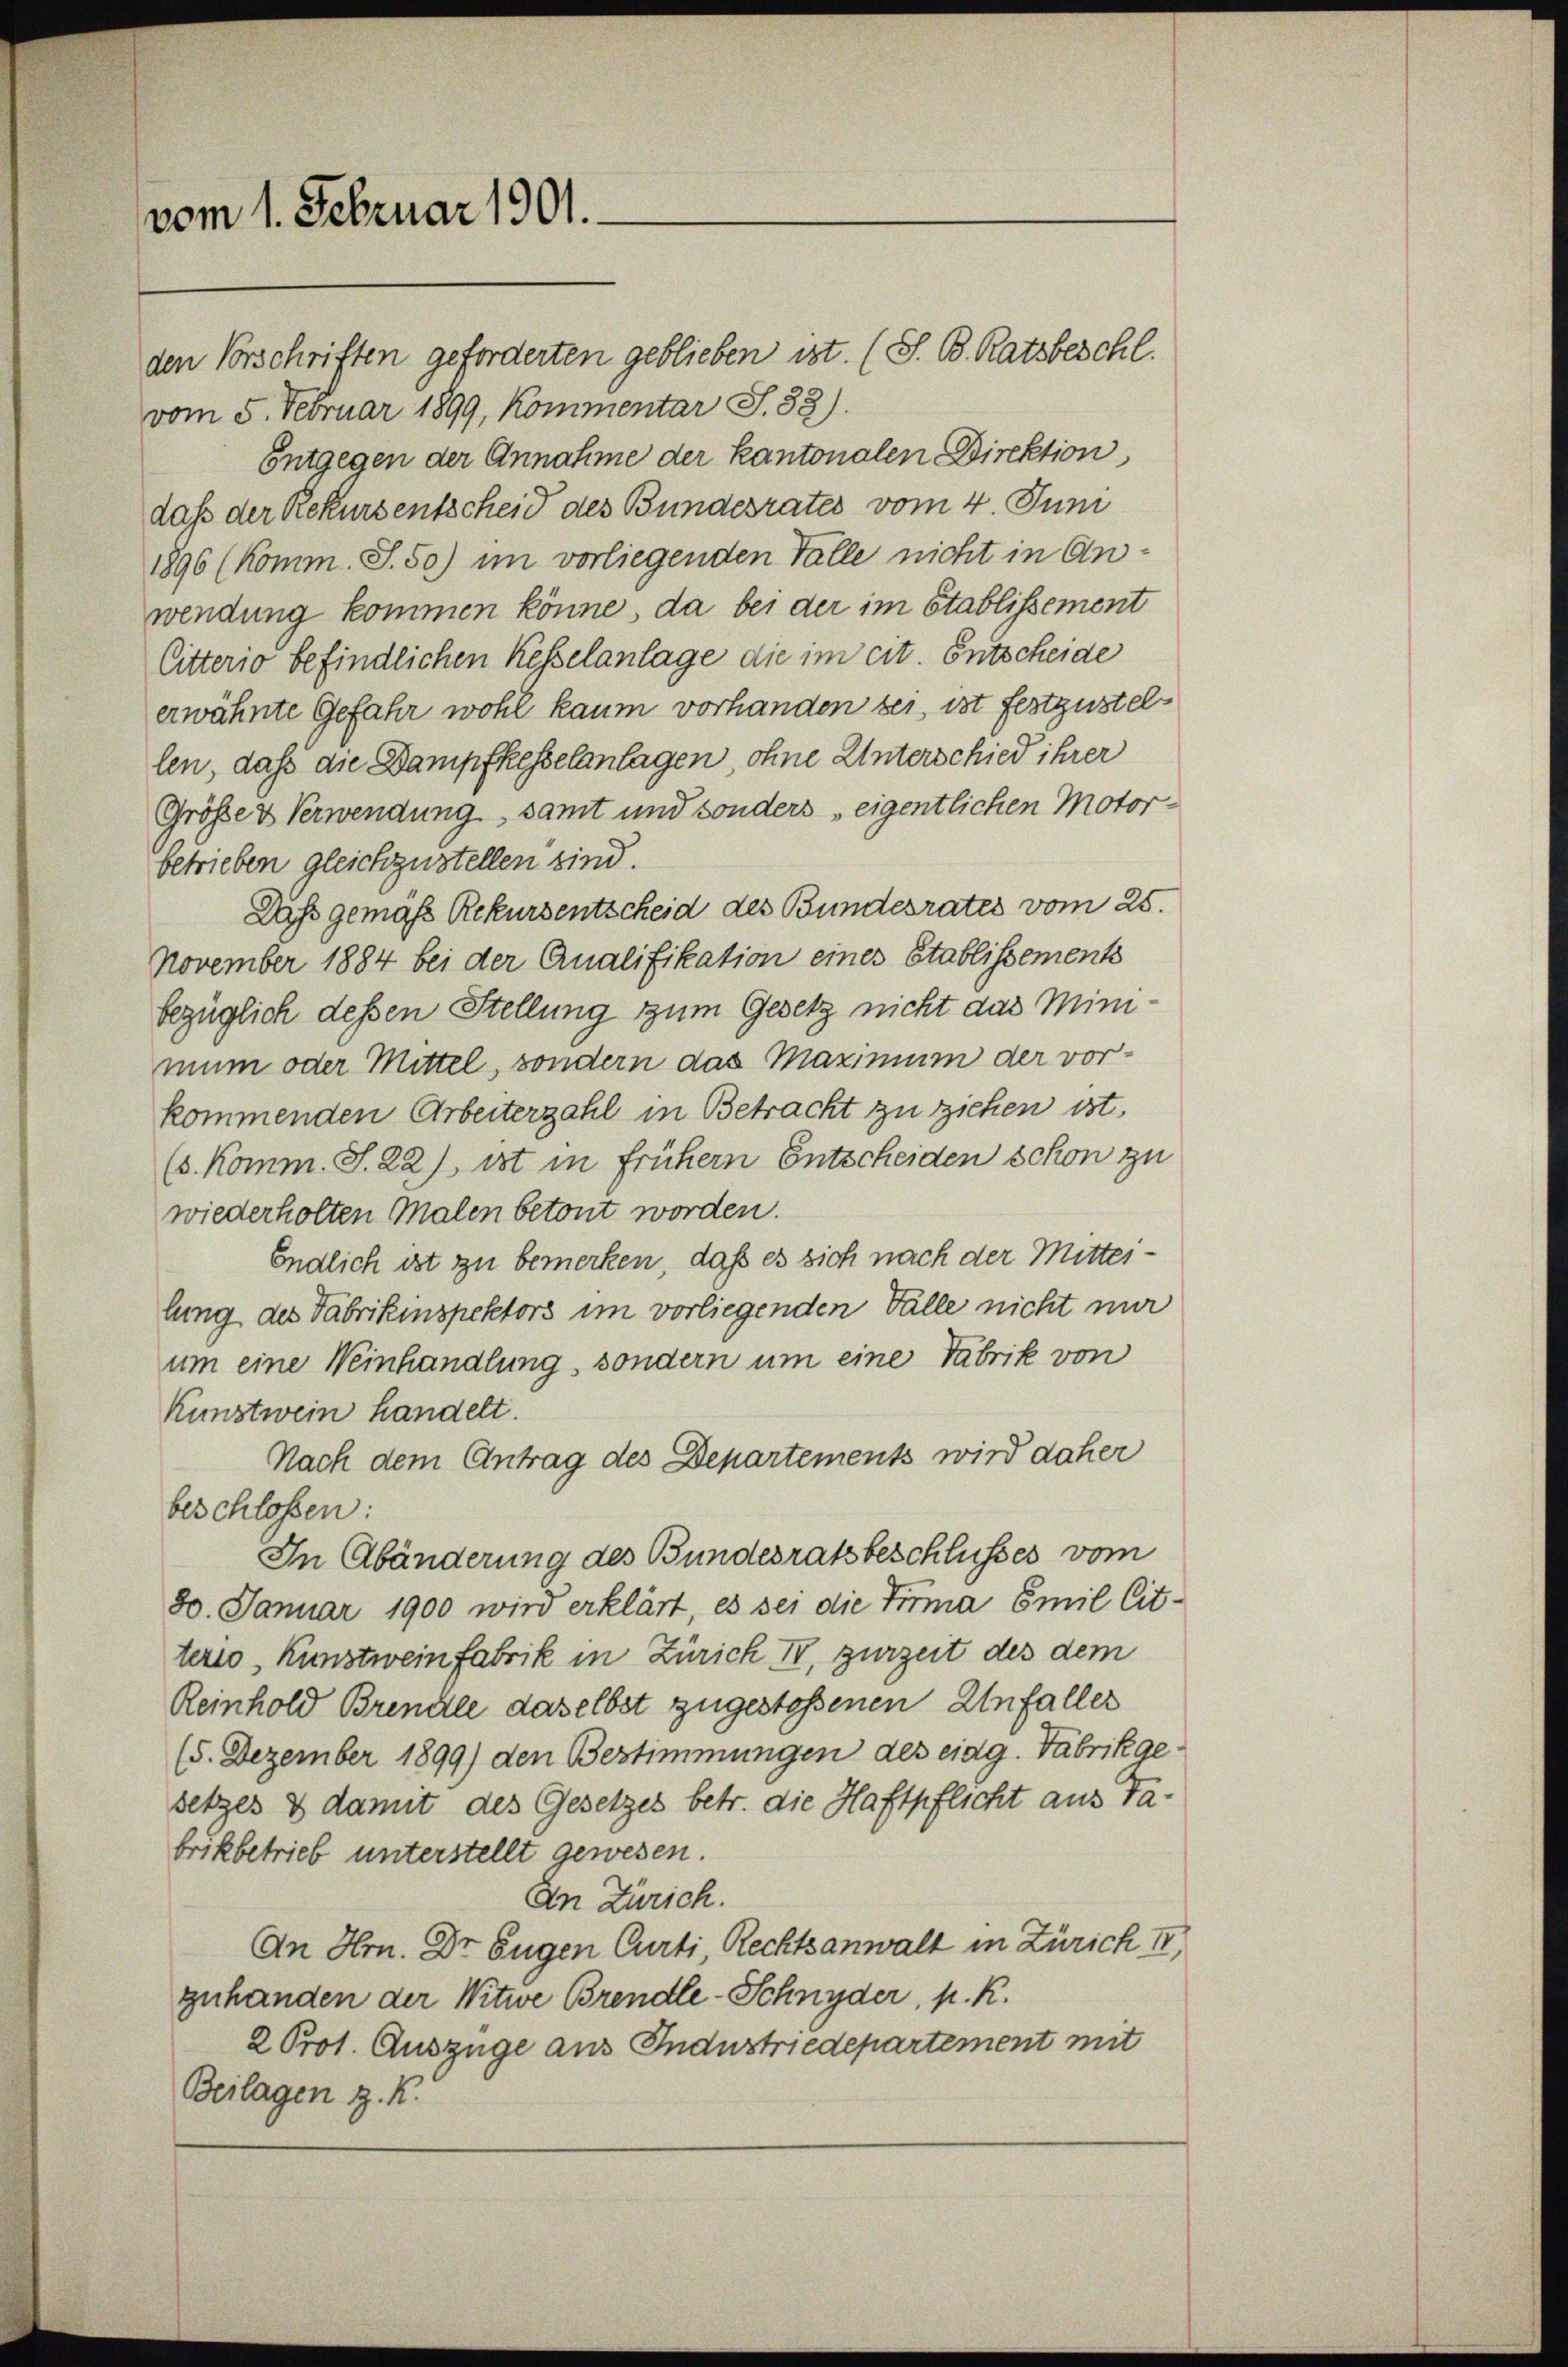
vom 1. Februar 1901.

den Vorschriften geforderten geblieben ist. (S. B. Ratsbeschl.
vom 5. Februar 1899, Kommentar S. 38).
Entgegen der Annahme der Kantonalen Direktion
daß der Rekursentscheid des Bundesrates vom 4. Juni
1896 (Komm. S. 50) im vorliegenden Falle nicht in Anwendung kommen könne, da bei der im Stablissement
Citterio befindlichen Kesselanlage die im cit. Entscheide
erwähnte Gefahr wohl kaum vorhanden sei, ist festzustellen, daß die Dampfkesselanlagen, ohne Unterschied ihrer
Größe & Verwendung, samt und sonders „eigentlichen Motorbetrieben gleichzustellen sind.
Daß gemaß Rekursentscheid des Bundesrates vom 25.
November 1884 bei der Qualifikation eines Stablissements
bezüglich dessen Stellung zum Gesetz nicht das Mini
mum oder Mittel, sondern das Maximum der vorkommenden Arbeiterzahl in Betracht zu ziehen ist,
(s. Komm. S. 22) ist in frühern Entscheiden schon zu
wiederholten Malen betont worden.
Endlich ist zu bemerken, daß es sich nach der Mitteilung des Fabrikinspektors im vorliegenden Fälle nicht nur
um eine Weinhandlung, sondern um eine Fabrik von
Kunstwein handelt.
Nach dem Antrag des Departements wird daher
beschloßen:
In Abänderung des Bundesratsbeschlusses vom
30. Januar 1900 wird erklärt, es sei die Firma Emil Citterio, Kunstwein fabrik in Zürich I, zurzeit des dem
Reinhold Brendle daselbst zugestoßenen Unfaller
(5. Dezember 1899) den Bestimmungen des eidg. Fabrikgesetzes & damit des Gesetzes betr. die Haftpflicht aus Tabrikbetrieb unterstellt gewesen.
An Zürich.
An Hrn. Dr Eugen Curti, Rechtsanwalt in Zürich II,
zuhanden der Witwe Brendle-Schnyder, p. K.
2 Prot. Auszüge aus Industriedepartement mit
Beilagen z. K.